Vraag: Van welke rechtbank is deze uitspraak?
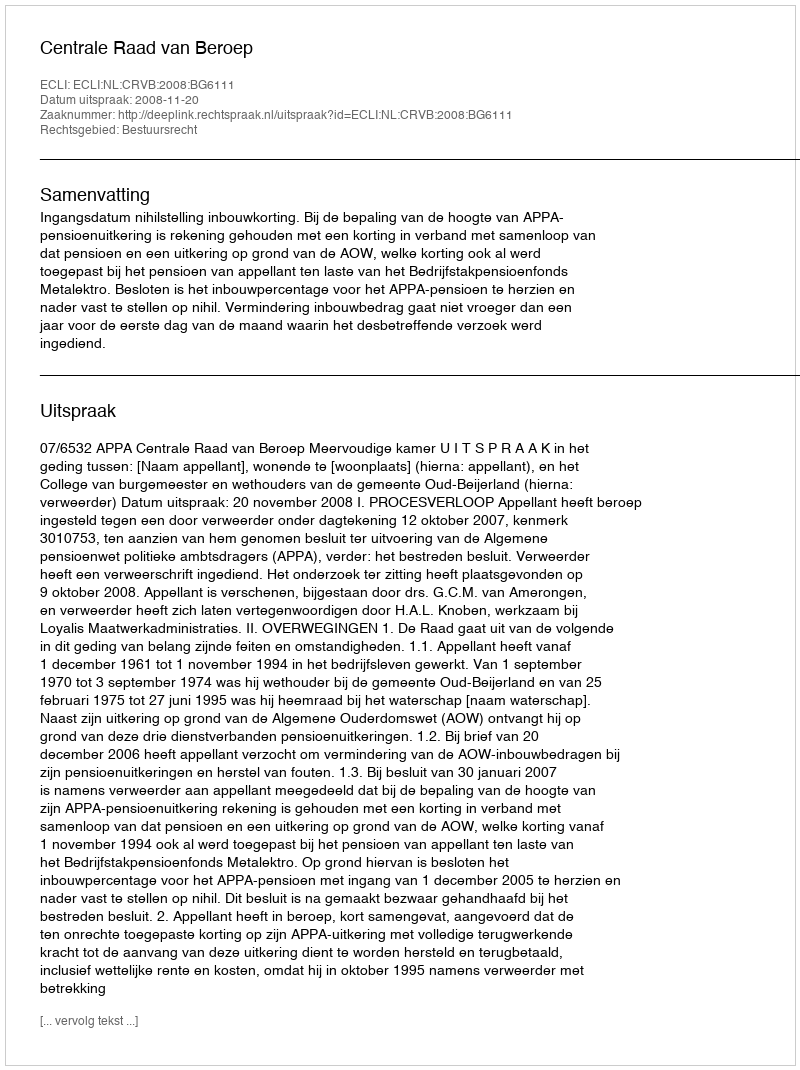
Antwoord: Centrale Raad van Beroep